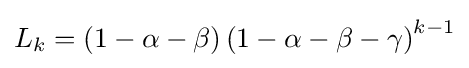
L_{k}=\left(1-\alpha -\beta \right)\left(1-\alpha -\beta -\gamma \right)^{k-1}